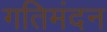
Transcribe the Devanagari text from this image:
गतिमंदन